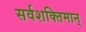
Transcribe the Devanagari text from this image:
सर्वशक्‍तिमान्